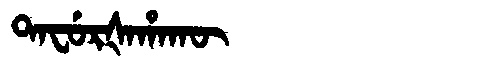
Manchu: ᡨᠠᠸᡠᡵᡧᠠᡥᠠᡴᡡ
Romanization: TAFURŠAHAKŪ